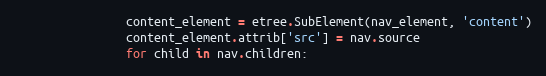
Language: Python
                content_element = etree.SubElement(nav_element, 'content')
                content_element.attrib['src'] = nav.source
                for child in nav.children: